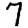
Digit: 7